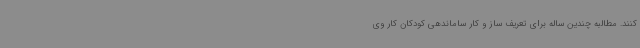
کنند. مطالبه چندین ساله برای تعریف ساز و کار ساماندهی کودکان کار وی